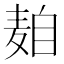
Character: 𱋒